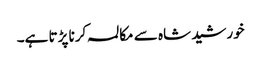
خورشید شاہ سے مکالمہ کرنا پڑتا ہے۔